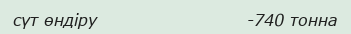
сүт өндіру                         -740 тонна